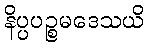
နိပ္ပပဉ္စမဒေသယိ